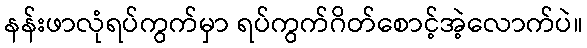
နန်းဖာလုံရပ်ကွက်မှာ ရပ်ကွက်ဂိတ်စောင့်အဲ့လောက်ပဲ။